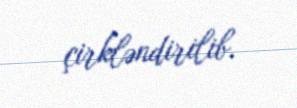
çirkləndirilib.